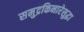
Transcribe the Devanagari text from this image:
समुद्रकिनारेसुद्धा